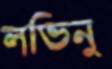
লভিনু